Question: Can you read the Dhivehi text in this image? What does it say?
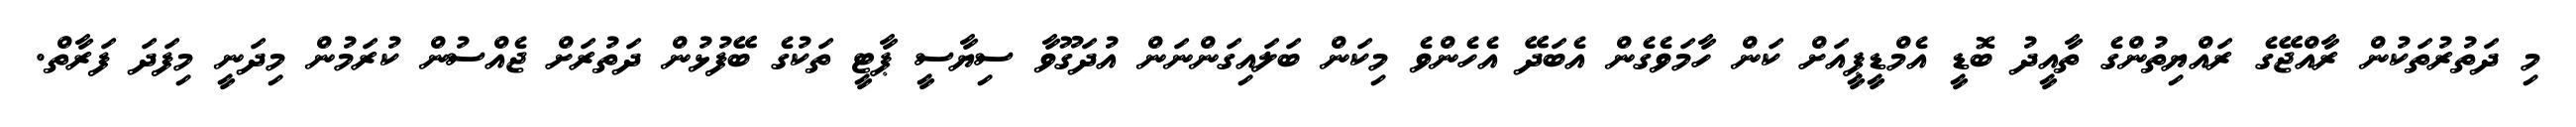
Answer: މި ދަތުރުތަކުން ރާއްޖޭގެ ރައްޔިތުންގެ ތާއީދު ބޮޑީ އެމްޑީޕީއަށް ކަން ހާމަވެގެން އެބަދޭ އެހެންވެ މިކަން ބަލައިގަންނަން އުދަގޫވާ ސިޔާސީ ޕާޓީ ތަކުގެ ބޭފުޅުން ދަތުރަށް ޖެއްސުން ކުރަމުން މިދަނީ މިފަދަ ފަރާތް.